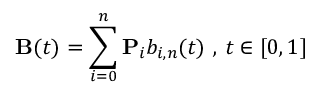
\mathbf { B } ( t ) = \sum _ { i = 0 } ^ { n } \mathbf { P } _ { i } b _ { i , n } ( t ) { \mathrm { ~ , ~ } } t \in [ 0 , 1 ]